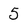
Character: 5